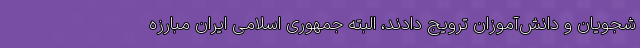
شجویان و دانش‌آموزان ترویج دادند، البته جمهوری اسلامی ایران مبارزه